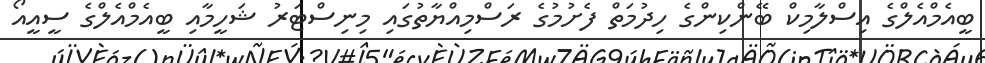
ބީއެމްއެލްގެ އިސްލާމިކް ބޭންކިންގެ ހިދުމަތް ފެށުމުގެ ރަސްމިއްޔާތުގައި މިނިސްޓަރު ޝަހީމާއި ބީއެމްއެލްގެ ސީއީއޯ